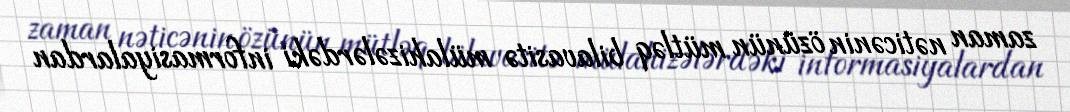
zaman nəticənin özünün mütləq bilavasitə mülahizələrdəki informasiyalardan